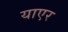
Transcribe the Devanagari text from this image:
याएर